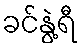
ခင်နွဲ့ရီ